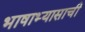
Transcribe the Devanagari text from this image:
भाषाभ्यासाची